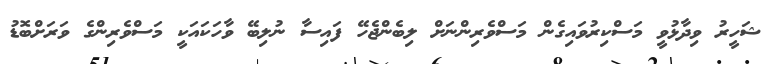
ޝަހީރު ވިދާޅުވީ މަސްކިރުވައިގެން މަސްވެރިންނަށް ލިބެންޖެހޭ ފައިސާ ނުލިބޭ ވާހަކައަކީ މަސްވެރިންގެ ވަރަށްބޮޑު